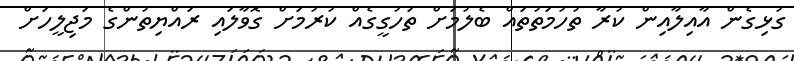
ގުޅިގެން އާއިލާއިން ކުރާ ތުހުމަތުތައް ބެލުމަށް ތަހުގީގެއް ކުރުމަށް ގޮވާލައި ރައްޔިތުންގެ މަޖިލީހަށް